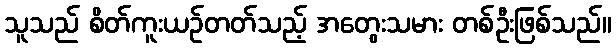
သူသည် စိတ်ကူးယဉ်တတ်သည့် အတွေးသမား တစ်ဦးဖြစ်သည်။